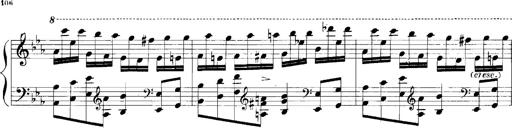
Title: Rhapsodies hongroises
Composer: Franz Liszt